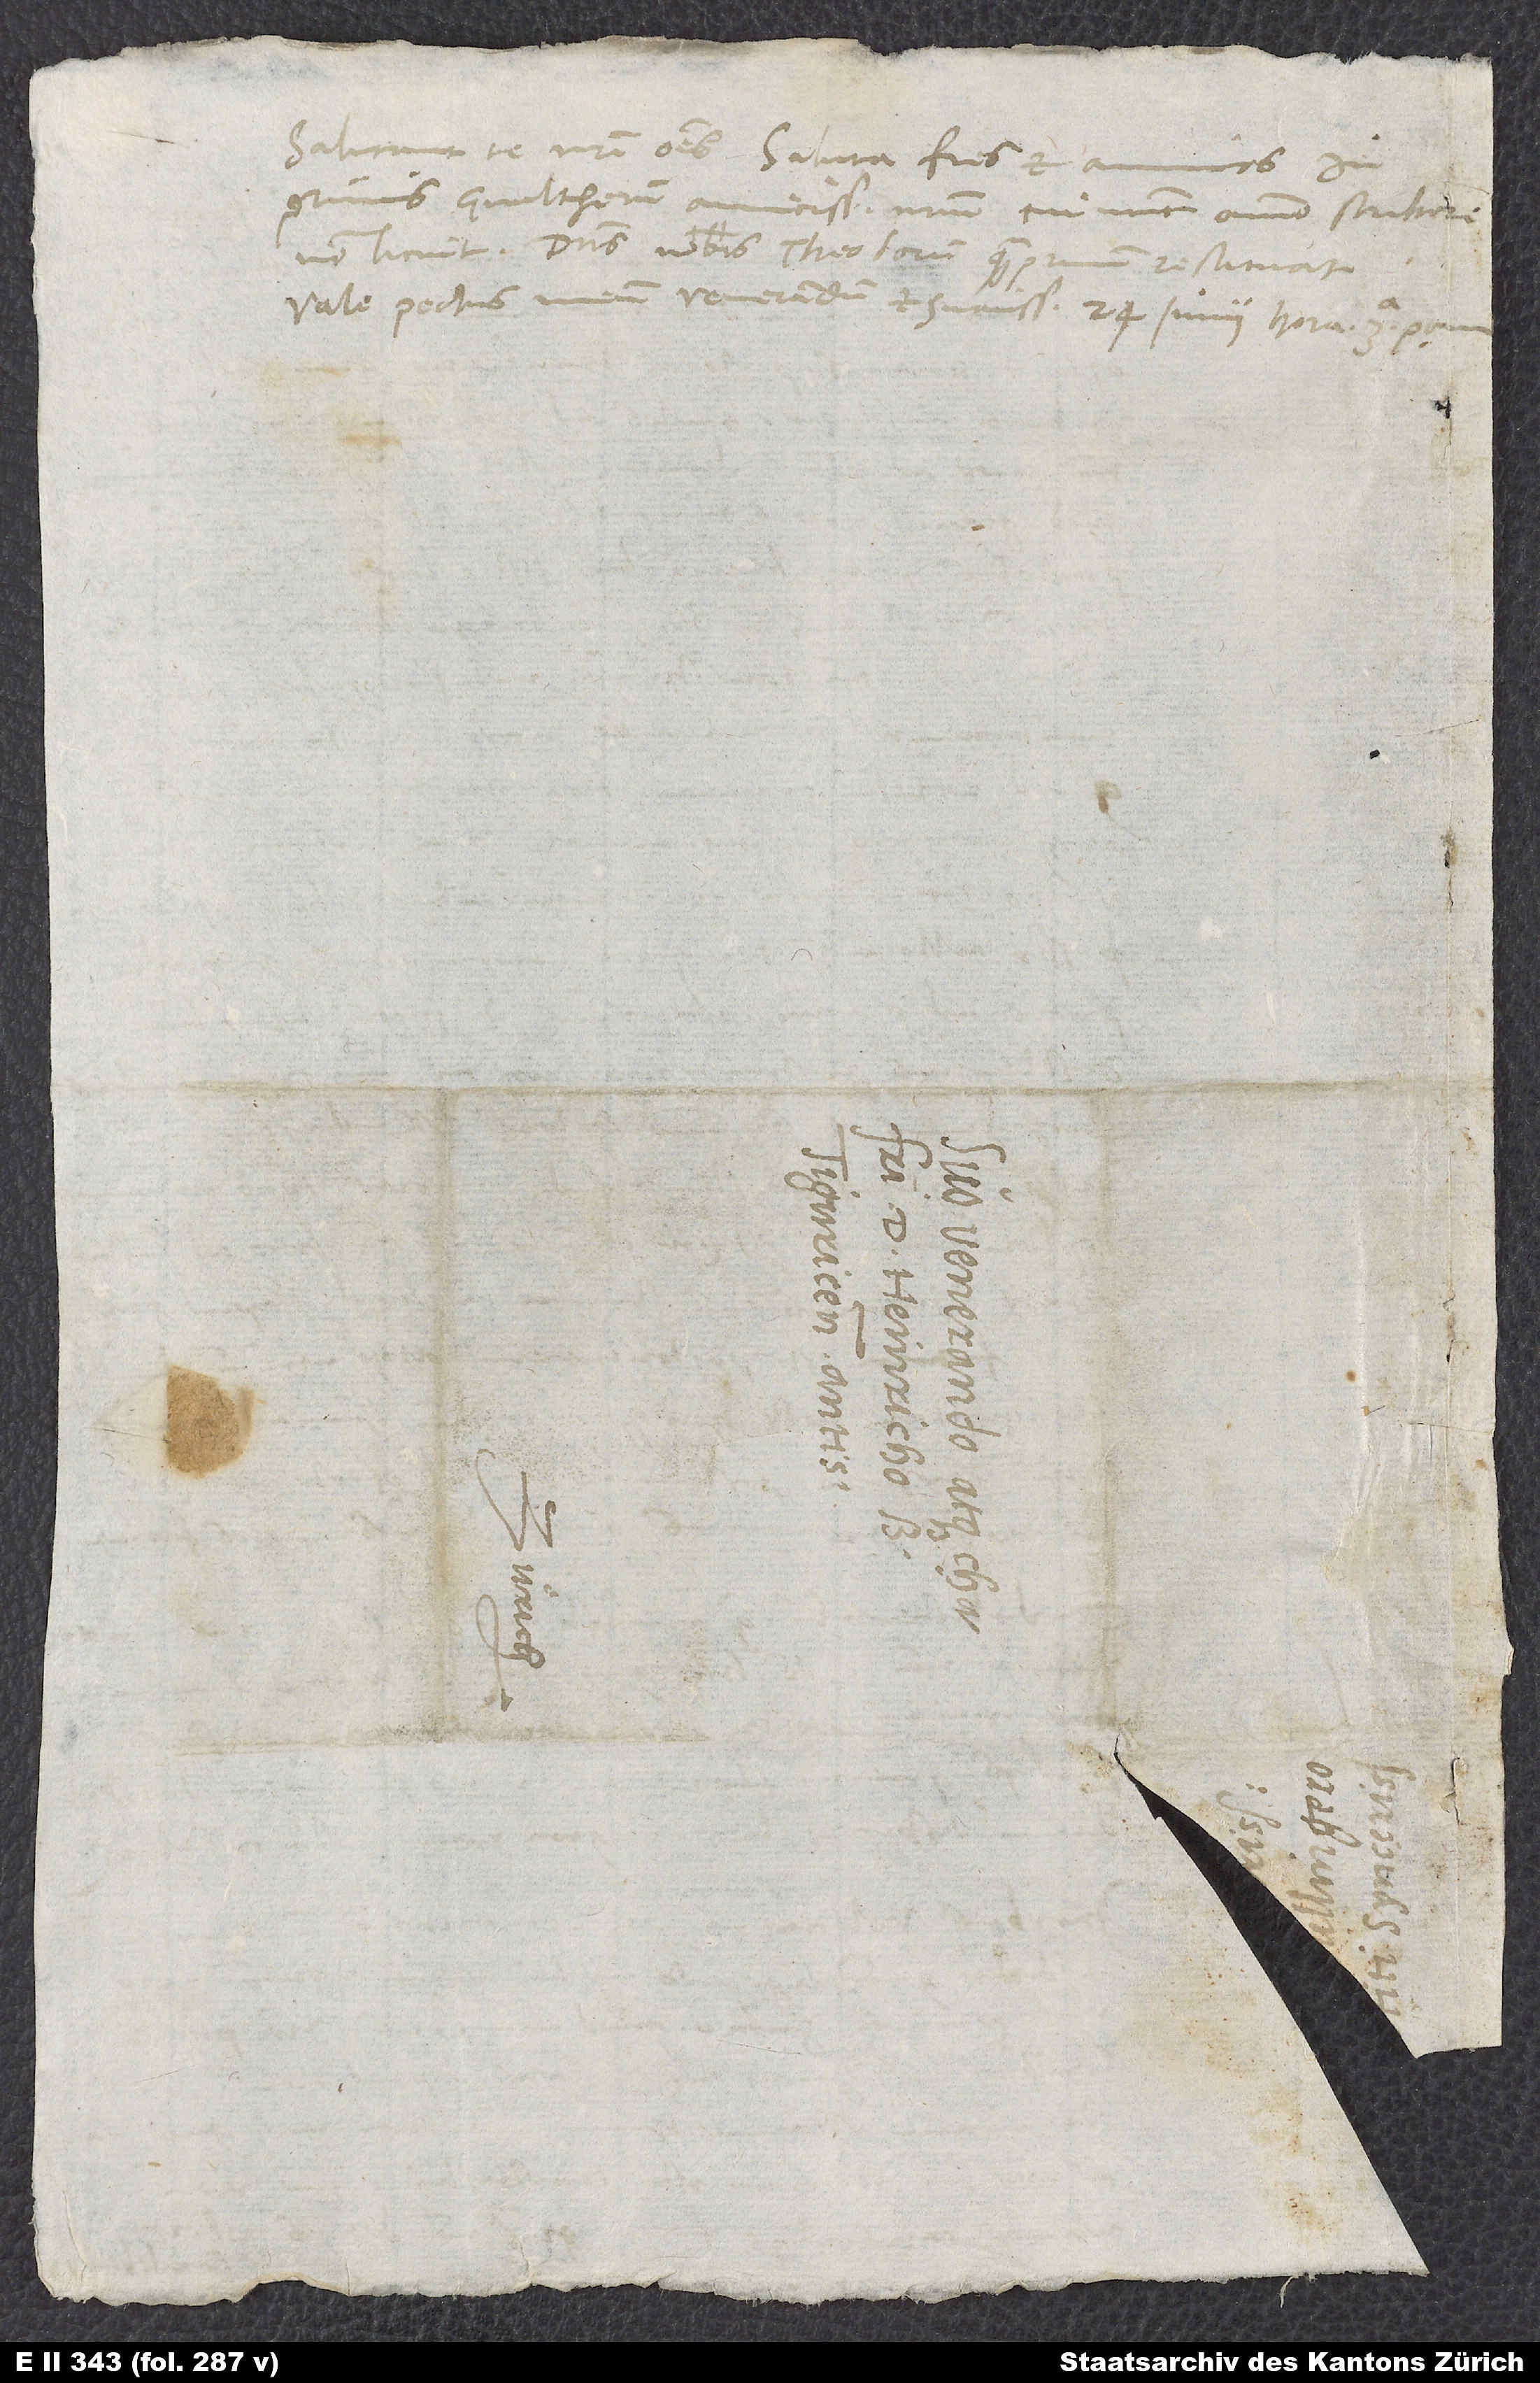
Salutant te nostri omnes. Saluta fratres et amicos,
inprimis Gvaltherum, amicissimum nostrum, cui nunc omnino scribere
non licuit. Dominus nobis Theodorum quam primum restituat!
Vale, pectus meum venerandum et charissimum. 24. iunii, hora 3a.